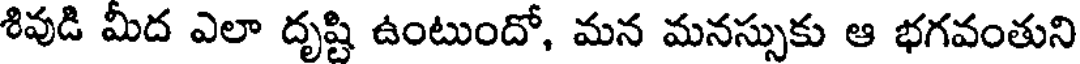
శివుడి మీద ఎలా దృష్టి ఉంటుందో, మన మనస్సుకు ఆ భగవంతుని